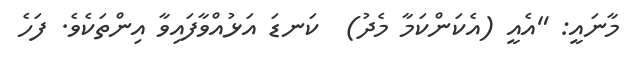
މާނައީ: "އެއީ (އެކަންކަމާ މެދު)  ކަނޑަ އަޅުއްވާފައިވާ އިންތަކެވެ. ފަހެ